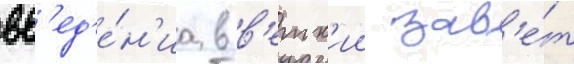
вв'ед'е́н'иа в в'етх'ии зав'е́т